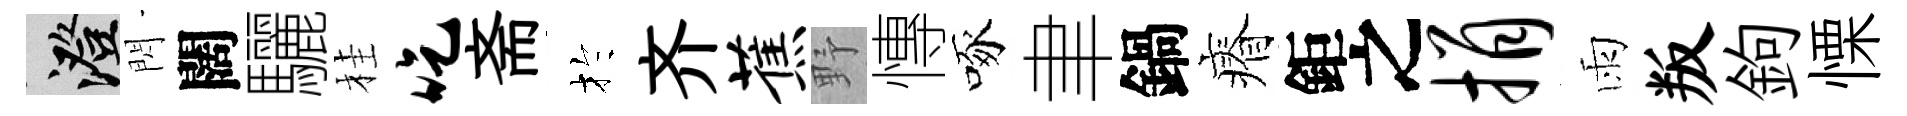
澄閃闊驪桂吃斋扵齐蕉野慱啄聿鍋瘠鉅之捐雨叛鉤慄